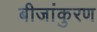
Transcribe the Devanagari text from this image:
बीजांकुरण